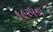
૧૯૨૫ના